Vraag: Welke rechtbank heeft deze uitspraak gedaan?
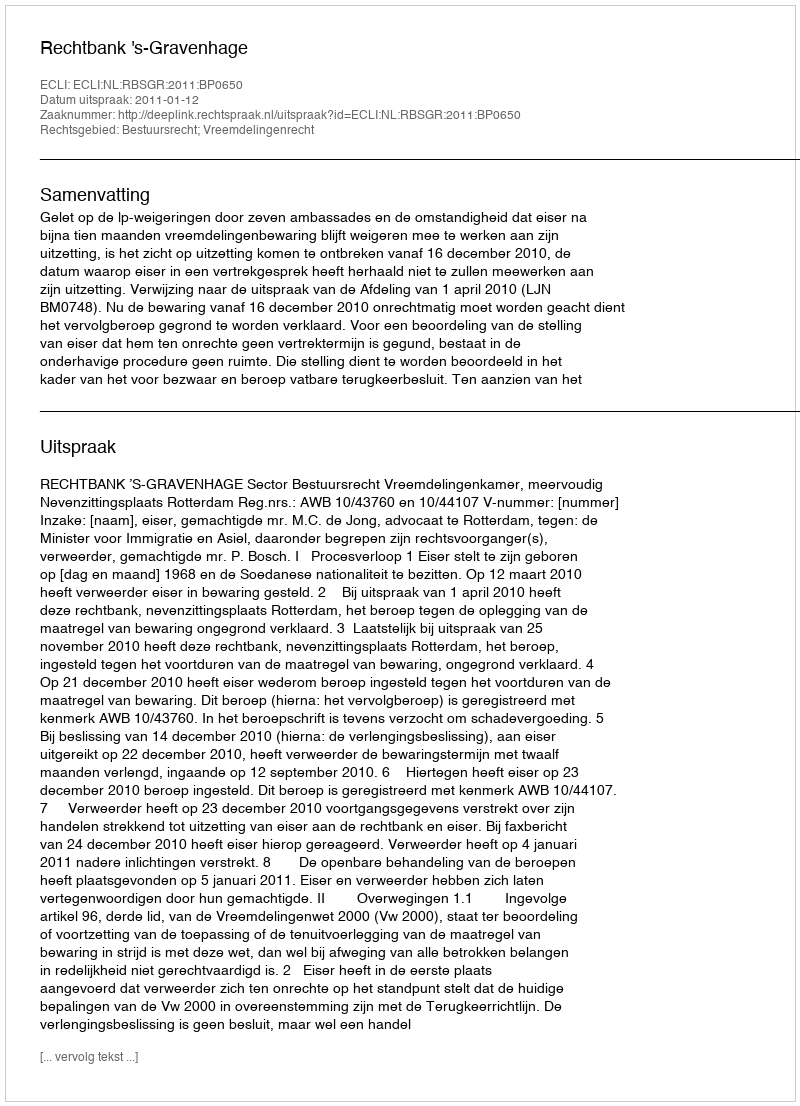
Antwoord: Rechtbank 's-Gravenhage